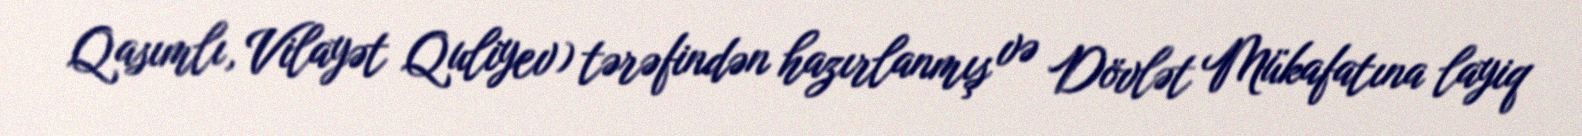
Qasımlı, Vilayət Quliyev) tərəfindən hazırlanmış və Dövlət Mükafatına layiq